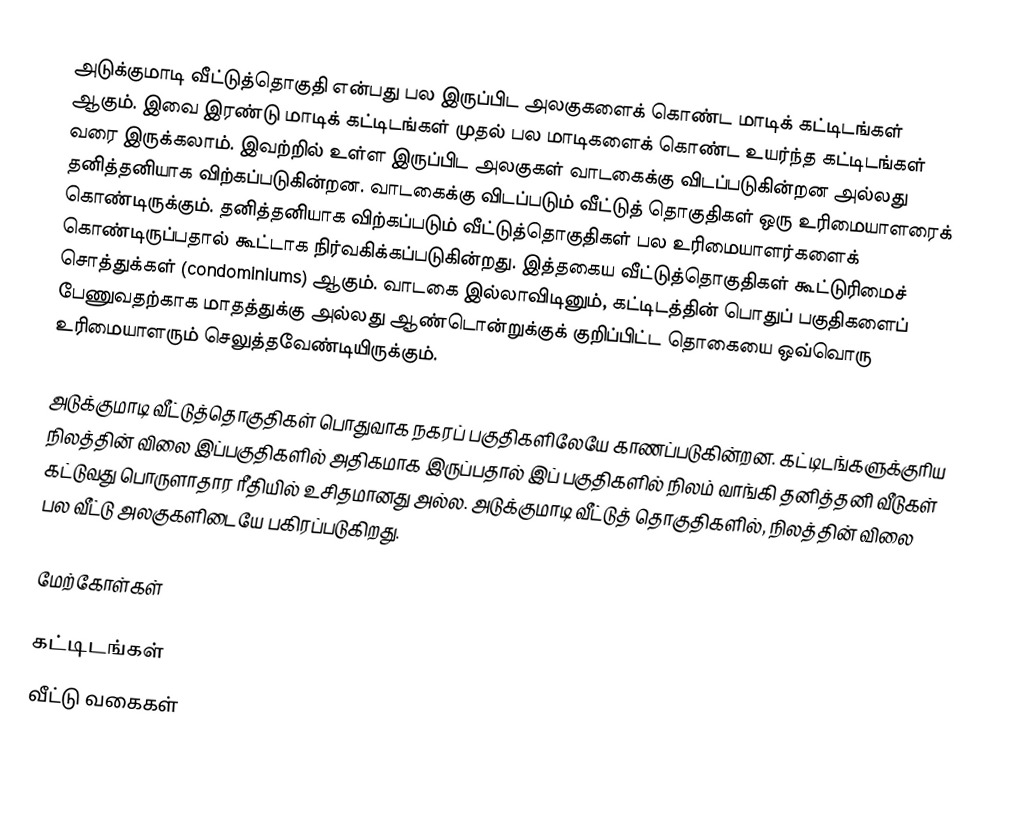
அடுக்குமாடி வீட்டுத்தொகுதி என்பது பல இருப்பிட அலகுகளைக் கொண்ட மாடிக் கட்டிடங்கள் ஆகும். இவை இரண்டு மாடிக் கட்டிடங்கள் முதல் பல மாடிகளைக் கொண்ட உயர்ந்த கட்டிடங்கள் வரை இருக்கலாம். இவற்றில் உள்ள இருப்பிட அலகுகள் வாடகைக்கு விடப்படுகின்றன அல்லது தனித்தனியாக விற்கப்படுகின்றன. வாடகைக்கு விடப்படும் வீட்டுத் தொகுதிகள் ஒரு உரிமையாளரைக் கொண்டிருக்கும். தனித்தனியாக விற்கப்படும் வீட்டுத்தொகுதிகள் பல உரிமையாளர்களைக் கொண்டிருப்பதால் கூட்டாக நிர்வகிக்கப்படுகின்றது. இத்தகைய வீட்டுத்தொகுதிகள் கூட்டுரிமைச் சொத்துக்கள் (condominiums) ஆகும். வாடகை இல்லாவிடினும், கட்டிடத்தின் பொதுப் பகுதிகளைப் பேணுவதற்காக மாதத்துக்கு அல்லது ஆண்டொன்றுக்குக் குறிப்பிட்ட தொகையை ஒவ்வொரு உரிமையாளரும் செலுத்தவேண்டியிருக்கும்.

அடுக்குமாடி வீட்டுத்தொகுதிகள் பொதுவாக நகரப் பகுதிகளிலேயே காணப்படுகின்றன. கட்டிடங்களுக்குரிய நிலத்தின் விலை இப்பகுதிகளில் அதிகமாக இருப்பதால் இப் பகுதிகளில் நிலம் வாங்கி தனித்தனி வீடுகள் கட்டுவது பொருளாதார ரீதியில் உசிதமானது அல்ல. அடுக்குமாடி வீட்டுத் தொகுதிகளில், நிலத்தின் விலை பல வீட்டு அலகுகளிடையே பகிரப்படுகிறது.

மேற்கோள்கள்

கட்டிடங்கள்
வீட்டு வகைகள்